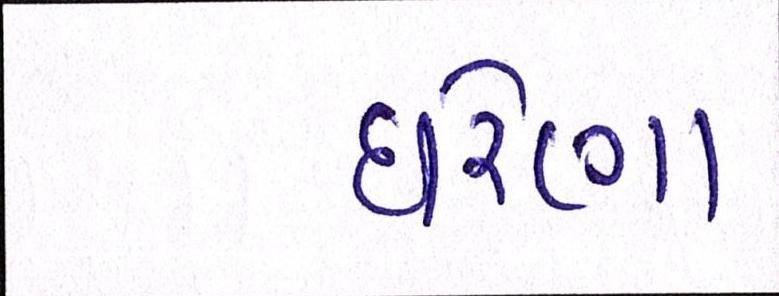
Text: ઘરેણા